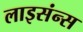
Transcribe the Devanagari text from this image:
लाइसंन्स